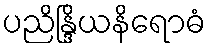
ပညိန္ဒြိယနိရောဓံ